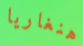
هنغاريا